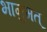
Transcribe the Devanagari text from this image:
भानुमत्